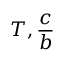
T , \frac { c } { b }